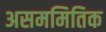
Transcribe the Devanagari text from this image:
असममितिक